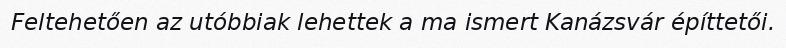
Feltehetően az utóbbiak lehettek a ma ismert Kanázsvár építtetői.